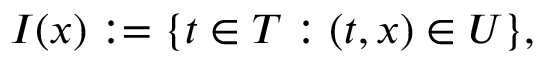
I ( x ) : = \{ t \in T : ( t , x ) \in U \} ,